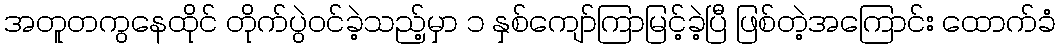
အတူတကွနေထိုင် တိုက်ပွဲဝင်ခဲ့သည့်မှာ ၁ နှစ်ကျော်ကြာမြင့်ခဲ့ပြီ ဖြစ်တဲ့အကြောင်း ထောက်ခံ